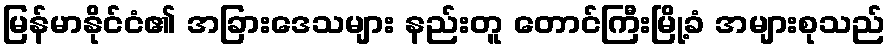
မြန်မာနိုင်ငံ၏ အခြားဒေသများ နည်းတူ တောင်ကြီးမြို့ခံ အများစုသည်